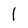
Character: l